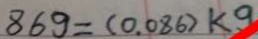
8 6 9 = ( 0 . 0 8 6 ) k 9